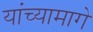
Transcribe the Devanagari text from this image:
यांच्यामागे